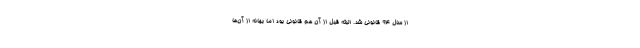
از سال ۹۴ قانونی شد. البته قبل از آن هم قانونی بود اما بهانه از آن‌ها